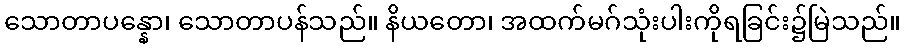
သောတာပန္နော၊ သောတာပန်သည်။ နိယတော၊ အထက်မဂ်သုံးပါးကိုရခြင်း၌မြဲသည်။